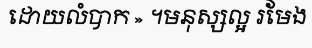
ដោយលំបាក » ។មនុស្សល្អ រមែង